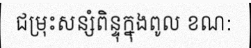
ជម្រុះសន្សំពិន្ទុក្នុងពូល ខណ: